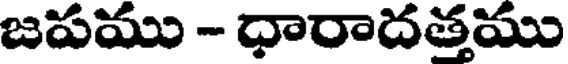
జపము - ధారాదత్తము